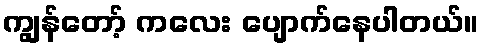
ကျွန်တော့် ကလေး ပျောက်နေပါတယ်။